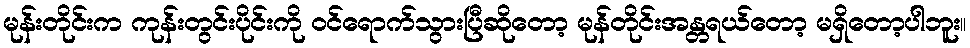
မုန်းတိုင်းက ကုန်းတွင်းပိုင်းကို ဝင်ရောက်သွားပြီဆိုတော့ မုန်တိုင်းအန္တရယ်တော့ မရှိတော့ပါဘူး။